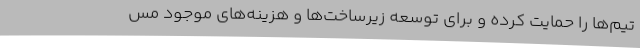
تیم‌ها را حمایت کرده و برای توسعه زیرساخت‌ها و هزینه‌های موجود مس